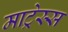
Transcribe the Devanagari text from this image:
माट्रेस्स